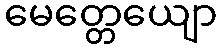
မေတ္တေယျော